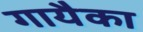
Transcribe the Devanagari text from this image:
गायैका